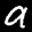
Label: 9